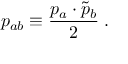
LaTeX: p _ { a b } \equiv \frac { p _ { a } \cdot \tilde { p } _ { b } } { 2 } \; .